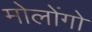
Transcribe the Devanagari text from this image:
मोलोंगो